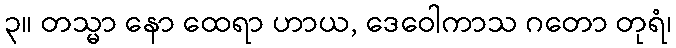
၃။ တသ္မာ နော ထေရာ ဟာယ, ဒေဝေါကာသ ဂတော တုရံ၊